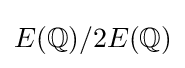
E(\mathbb {Q} )/2E(\mathbb {Q} )